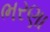
ભરણા